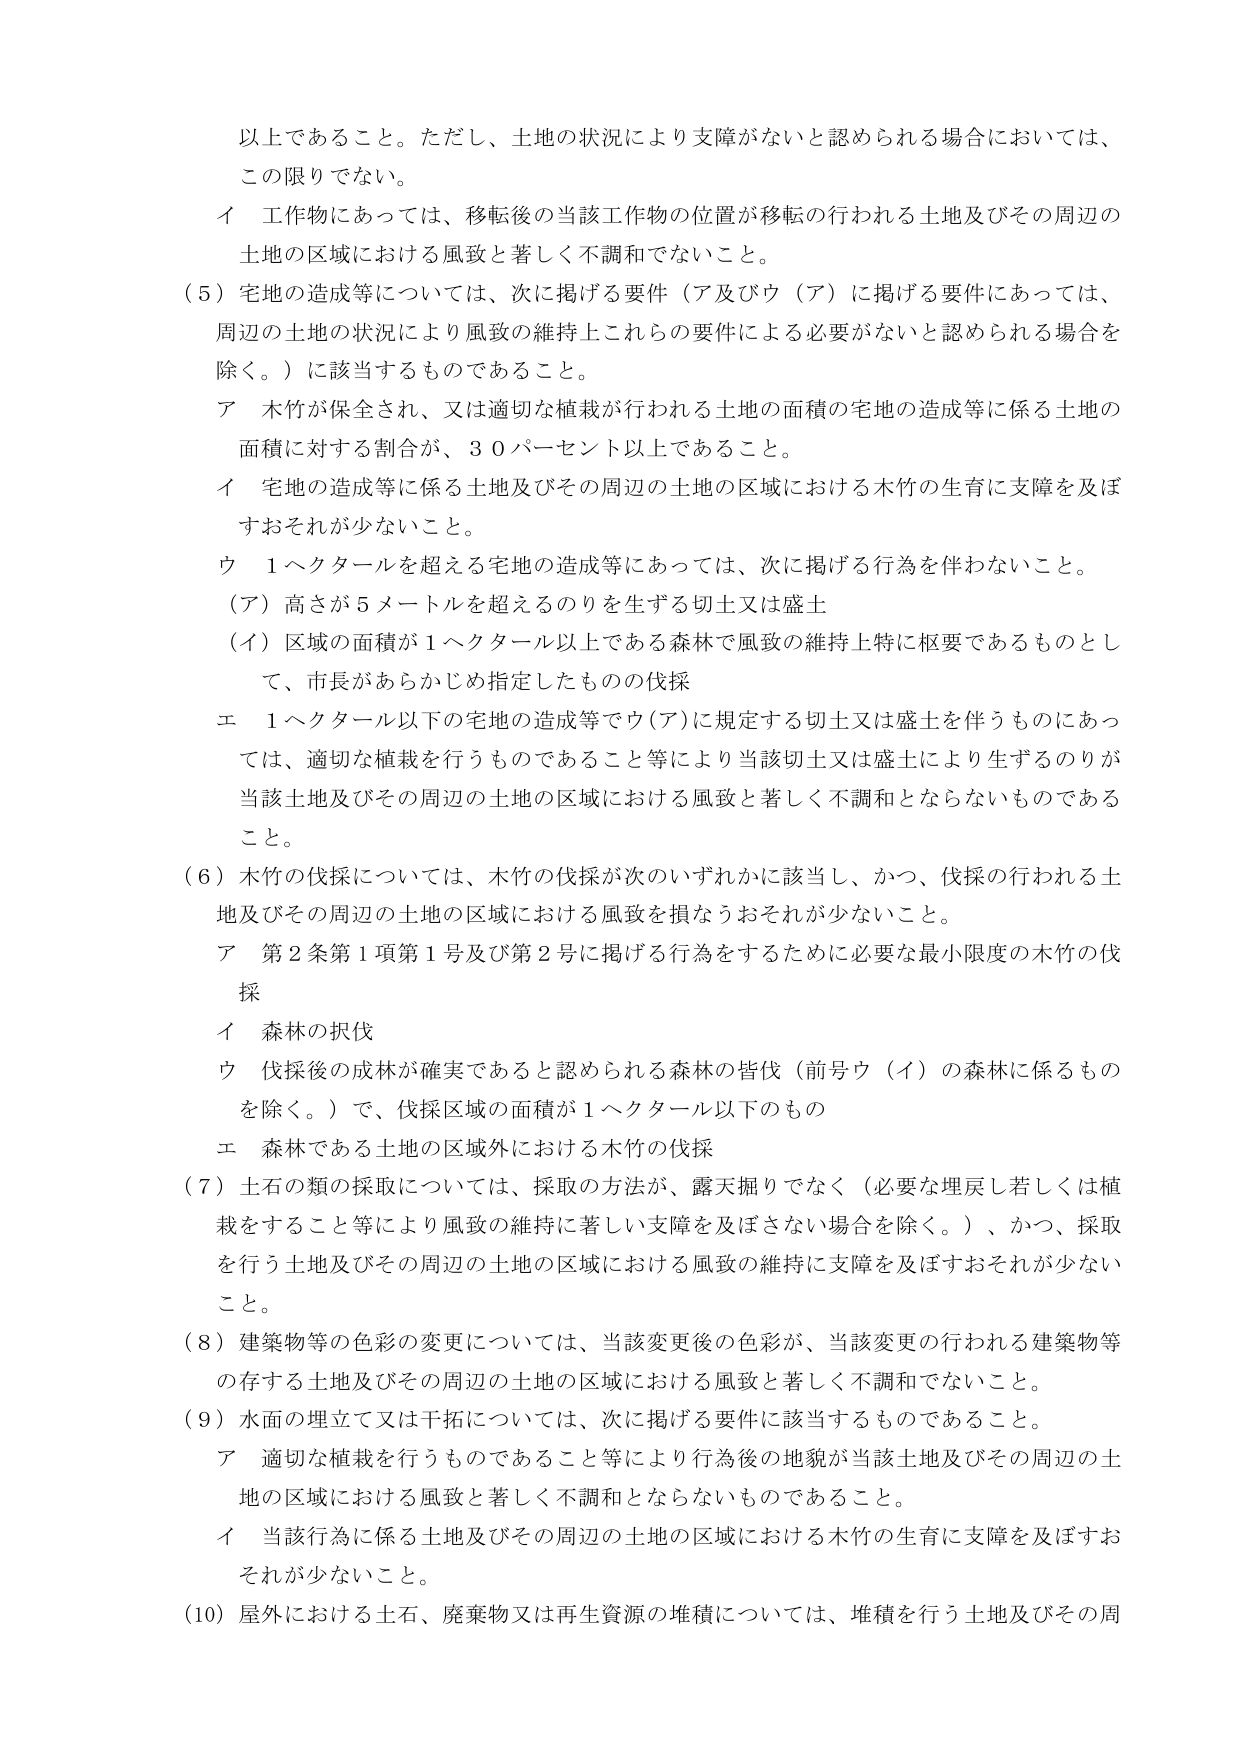
以上であること。ただし、土地の状況により支障がないと認められる場合においては、この限りでない。

イ 工作物にあっては、移転後の当該工作物の位置が移転の行われる土地及びその周辺の土地の区域における風致と著しく不調和でないこと。

（5）宅地の造成等については、次に掲げる要件（ア及びウ（ア）に掲げる要件にあっては、周辺の土地の状況により風致の維持上これらの要件による必要がないと認められる場合を除く。）に該当するものであること。

ア 木竹が保全され、又は適切な植栽が行われる土地の面積の宅地の造成等に係る土地の面積に対する割合が、３０パーセント以上であること。

イ 宅地の造成等に係る土地及びその周辺の土地の区域における木竹の生育に支障を及ぼすおそれが少ないこと。

ウ １ヘクタールを超える宅地の造成等にあっては、次に掲げる行為を伴わないこと。

（ア）高さが５メートルを超えるのりを生ずる切土又は盛土

（イ）区域の面積が１ヘクタール以上である森林で風致の維持上特に枢要であるものとして、市長があらかじめ指定したもの の伐採

エ １ヘクタール以下の宅地の造成等でウ（ア）に規定する切土又は盛土を伴うものにあっては、適切な植栽を行うものであること等により当該切土又は盛土により生ずるのりが当該土地及びその周辺の土地の区域における風致と著しく不調和とならないものであること。

（6）木竹の伐採については、木竹の伐採が次のいずれかに該当し、かつ、伐採の行われる土地及びその周辺の土地の区域における風致を損なうおそれが少ないこと。

ア 第２条第１項第１号及び第２号に掲げる行為をするために必要な最小限度の木竹の伐採

イ 森林の択伐

ウ 伐採後の成林が確実であると認められる森林の皆伐（前号ウ（イ）の森林に係るものを除く。）で、伐採区域の面積が１ヘクタール以下のもの

エ 森林である土地の区域外における木竹の伐採

（7）土石の類の採取については、採取の方法が、露天掘りでなく（必要な埋戻し若しくは植栽をすること等により風致の維持に著しい支障を及ぼさない場合を除く。）、かつ、採取を行う土地及びその周辺の土地の区域における風致の維持に支障を及ぼすおそれが少ないこと。

（8）建築物等の色彩の変更については、当該変更後の色彩が、当該変更の行われる建築物等の存する土地及びその周辺の土地の区域における風致と著しく不調和でないこと。

（9）水面の埋立て又は干拓については、次に掲げる要件に該当するものであること。

ア 適切な植栽を行うものであること等により行為後の地貌が当該土地及びその周辺の土地の区域における風致と著しく不調和とならないものであること。

イ 当該行為に係る土地及びその周辺の土地の区域における木竹の生育に支障を及ぼすおそれが少ないこと。

（10）屋外における土石、廃棄物又は再生資源の堆積については、堆積を行う土地及びその周